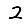
Digit: 2